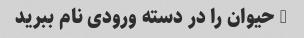
5 حیوان را در دسته ورودی نام ببرید